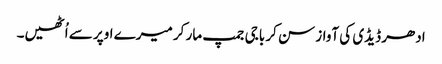
ادھر ڈیڈی کی آواز سن کر باجی جمپ مار کر میرے اوپر سے اُٹھیں۔